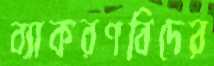
ব্যাকরণবিদের